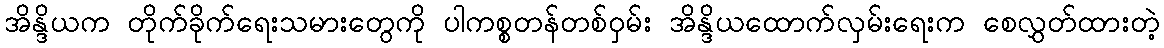
အိန္ဒိယက တိုက်ခိုက်ရေးသမားတွေကို ပါကစ္စတန်တစ်ဝှမ်း အိန္ဒိယထောက်လှမ်းရေးက စေလွှတ်ထားတဲ့